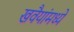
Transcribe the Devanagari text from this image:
खवैयांमध्ये